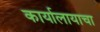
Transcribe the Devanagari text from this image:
कार्यालायाचा